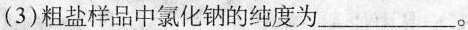
(3)粗盐样品中氯化钠的纯度为___。